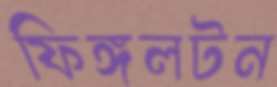
ফিঙ্গলটন